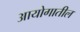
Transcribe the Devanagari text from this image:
आयोगातील